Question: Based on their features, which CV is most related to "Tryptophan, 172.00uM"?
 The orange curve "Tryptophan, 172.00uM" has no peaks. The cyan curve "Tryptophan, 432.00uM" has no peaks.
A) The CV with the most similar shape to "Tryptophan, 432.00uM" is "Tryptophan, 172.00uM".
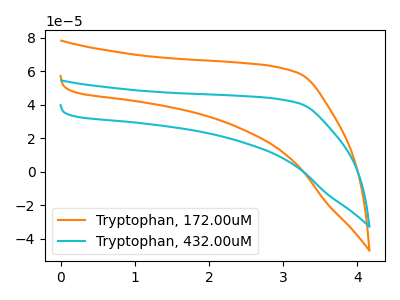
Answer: <think>Neither "Tryptophan, 172.00uM" or "Tryptophan, 432.00uM" have any peaks.
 </think>
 <answer>A) The CV with the most similar shape to "Tryptophan, 432.00uM" is "Tryptophan, 172.00uM".</answer>
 <eval>A</eval>